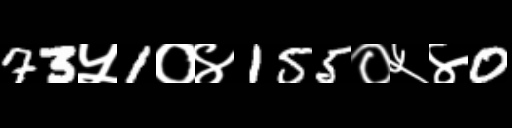
Text: 73५1०४155०५४0